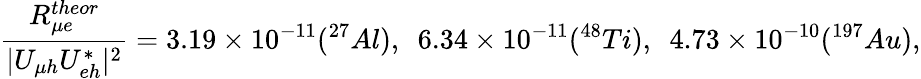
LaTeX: \frac{R_{\mu e}^{theor}}{|U_{\mu h}U_{eh}^{*}|^{2}}=3.19\times 10^{-11}(^{27}Al),~~6.34\times 10^{-11}(^{48}Ti),~~4.73\times 10^{-10}(^{197}Au),